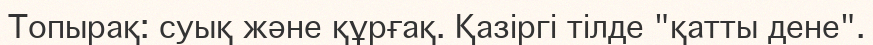
Топырақ: суық және құрғақ. Қазіргі тілде "қатты дене".